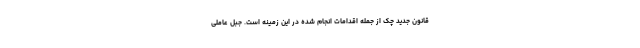
قانون جدید چک از جمله اقدامات انجام شده در این زمینه است. جبل عاملی